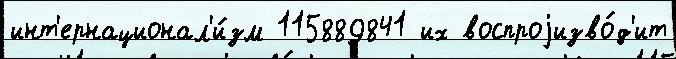
инт'ернационал'и́зм 115889841 их воспроjизво́д'ит